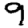
Digit: 9